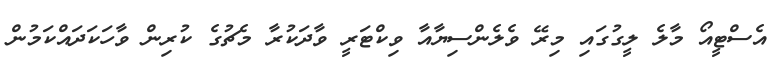
އެސްޓީއޯ މާލެ ލީގުގައި މިރޭ ވެލެންސިޔާއާ ވިކްޓަރީ ވާދަކުރާ މެޗުގެ ކުރިން ވާހަކަދައްކަމުން